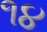
૧૪